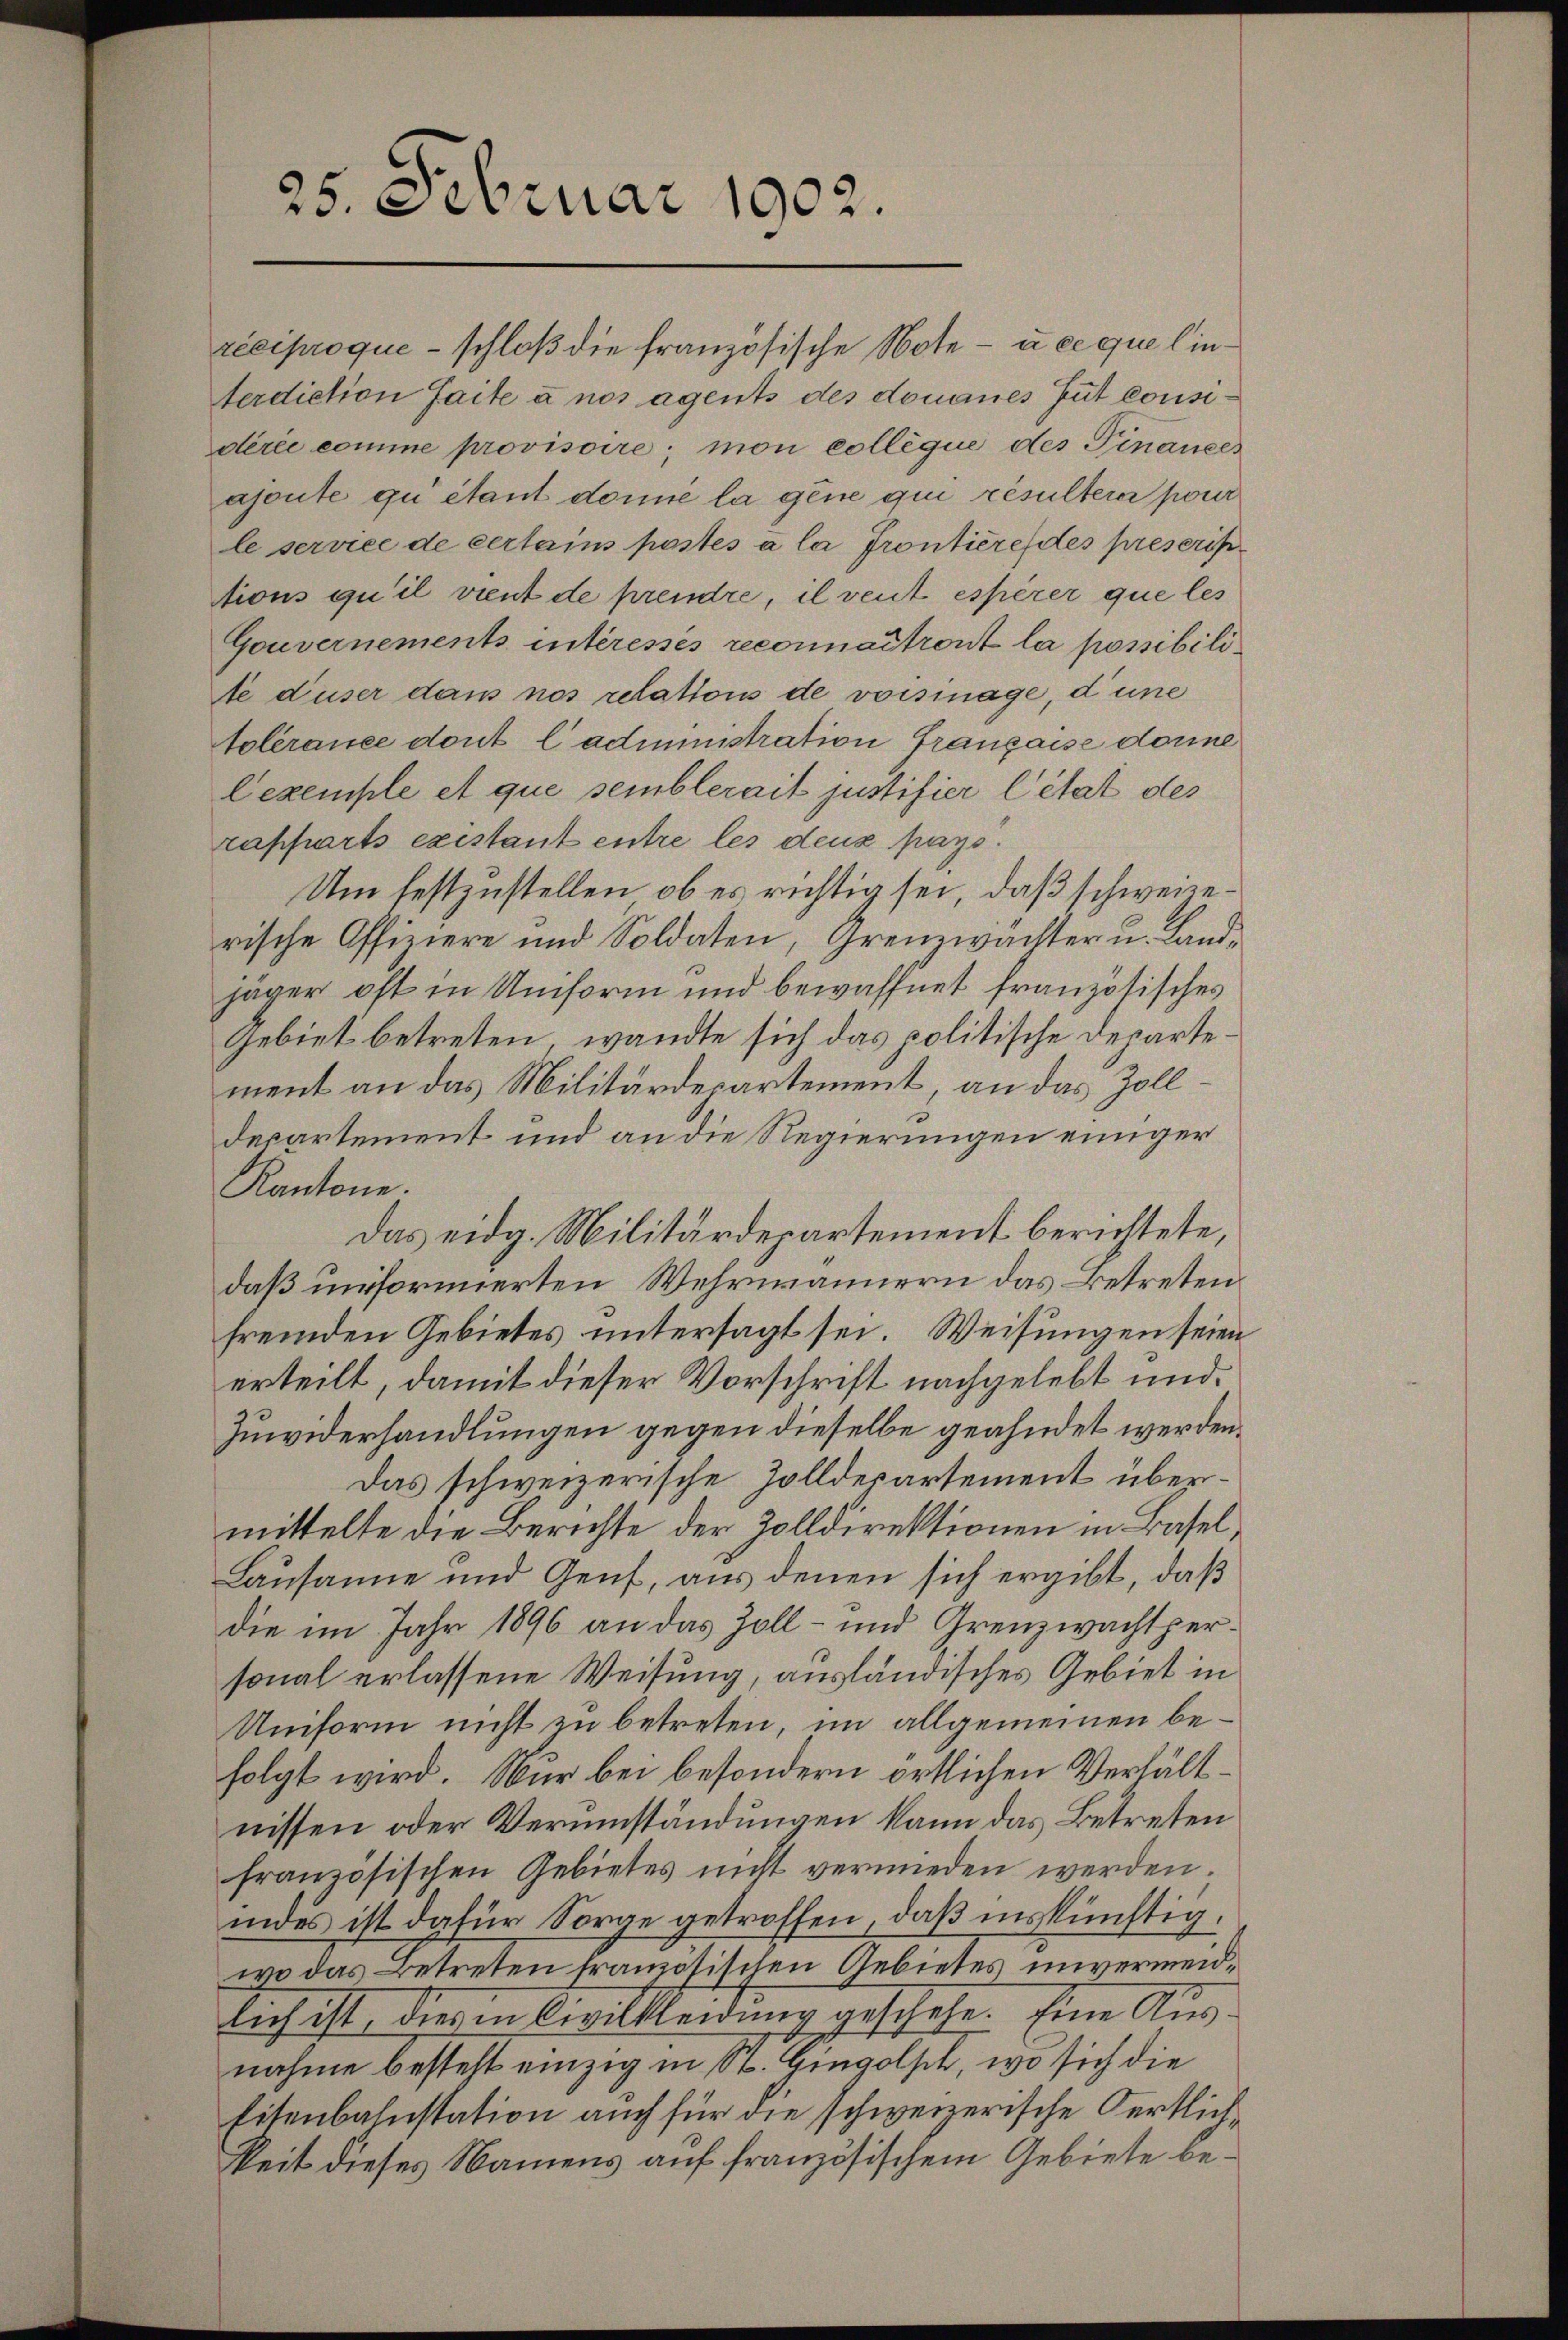
25. Februar 1902.

terdiction faite à nos agents des donaues Gut considérée comme provisoire; mon collèque des Finanzes
ajoute qui étant domie la gene qui résultera pour
le service de certains postés à la Frontiere des prescrip
tions qu’il vient de prendre, il veut espère que les
Gouvernements interesses reconnaitront la possibilite duser dans nos relations de voisinage, d’une
tolérance dont l’administration franzaise donne
Cexemple et que semblerait justifier Citat des
zapparts existant entre les deus pays.
Um festzustellen, ob es richtig sei, daß schweizerische Offiziere und Soldaten, Grenzwächter u. Landjäger oft in Uniform und bewaffnet französisches
Gebiet betreten, wandte sich das politische Departement an das Militärdepartement, an das Zolldepartement und an die Regierungen einiger
Kantone.
Das eidg. Militärdepartement berichtete,
daß unformierten Wehrmännern das Betretenfremden Gebietes untersagt sei. Weisungen seien
erteilt, damit dieser Vorschrift nachgelebt und
Zuwiderhandlungen gegen dieselbe geahndet werden.
Das schweizerische Zolldepartement übermittelte die Berichte der Zolldirektionen in Basel,
Lausanne und Genf, aus denen sich ergibt, daß
die im Jahr 1896 an das Zoll- und Grenzwachtpersonal erlassene Weisung, ausländisches Gebiet in
Uniform nicht in betreten, im allgemeinen befolgt wird. Wir bei besondern örtlichen Verhältnissen oder Verumständungen kann das Betreten
französischen Gebietes nicht vermieden werden.
moes ist dafür Sorge getroffen, daß inskünftigwo das Betreten französischen Gebietes unvermeidlich ist dies in Civilkleidung geschehe. Eine Aus
nahme besteht einzig in St. Gingolsch, wo sich die
Eisenbahnstation auch für die schweizerische Oertlichkeit dieses Namens auf französischem Gebiete be¬

réciproque - schloß die französische Note - u ce que lin¬